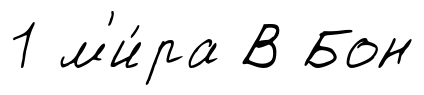
1 м'и́ра В Бон